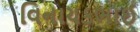
વિનાયકભાઈ